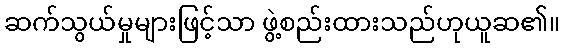
ဆက်သွယ်မှုများဖြင့်သာ ဖွဲ့စည်းထားသည်ဟုယူဆ၏။